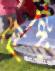
শিপিং